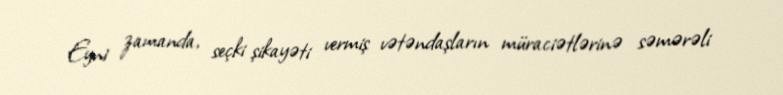
Eyni zamanda, seçki şikayəti vermiş vətəndaşların müraciətlərinə səmərəli